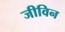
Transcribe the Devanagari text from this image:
जीविन